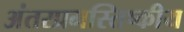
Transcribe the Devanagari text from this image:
अंतरप्रमस्तिष्‍कीय